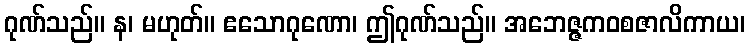
ဂုဏ်သည်။ န၊ မဟုတ်။ ဧသောဂုဏော၊ ဤဂုဏ်သည်။ အဘေဇ္ဇကဝစဇာလိကာယ၊